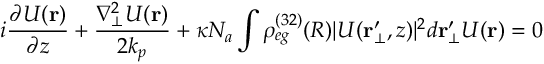
i \frac { \partial U ( \mathbf { r } ) } { \partial z } + \frac { \nabla _ { \bot } ^ { 2 } U ( \mathbf { r } ) } { 2 k _ { p } } + \kappa N _ { a } \int \rho _ { e g } ^ { ( 3 2 ) } ( R ) | U ( \mathbf { r _ { \bot } ^ { \prime } } , z ) | ^ { 2 } d \mathbf { r } _ { \bot } ^ { \prime } U ( \mathbf { r } ) = 0